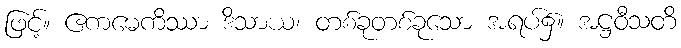
ဖြင့်။ ဧကမေကိဿာ ဒိသာယ၊ တစ်ခုတစ်ခုသော အရပ်၌။ အဋ္ဌဝီသတိ